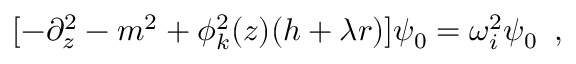
[ - \partial _ { z } ^ { 2 } - m ^ { 2 } + \phi _ { k } ^ { 2 } ( z ) ( h + \lambda r ) ] \psi _ { 0 } = \omega _ { i } ^ { 2 } \psi _ { 0 } \, \ ,